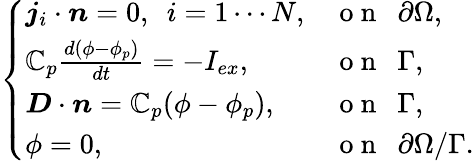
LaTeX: \left\{ \begin{array}{ll}{\boldsymbol{j}_{i}\cdot\boldsymbol{n}=0,~~i=1\cdots N,}&{\mathrm{~o~n~~~}\partial\Omega,}\\ {\mathbb{C}_{p}\frac{d(\phi-\phi_{p})}{dt}=-I_{ex},}&{\mathrm{~o~n~~~}\Gamma,}\\ {\boldsymbol{D}\cdot\boldsymbol{n}=\mathbb{C}_{p}(\phi-\phi_{p}),}&{\mathrm{~o~n~~~}\Gamma,}\\ {\phi=0,}&{\mathrm{~o~n~~~}\partial\Omega/\Gamma.}\end{array}\right.